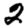
Digit: 2